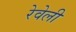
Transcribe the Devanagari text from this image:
रेवेली